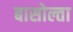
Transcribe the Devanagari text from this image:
बासोल्ता